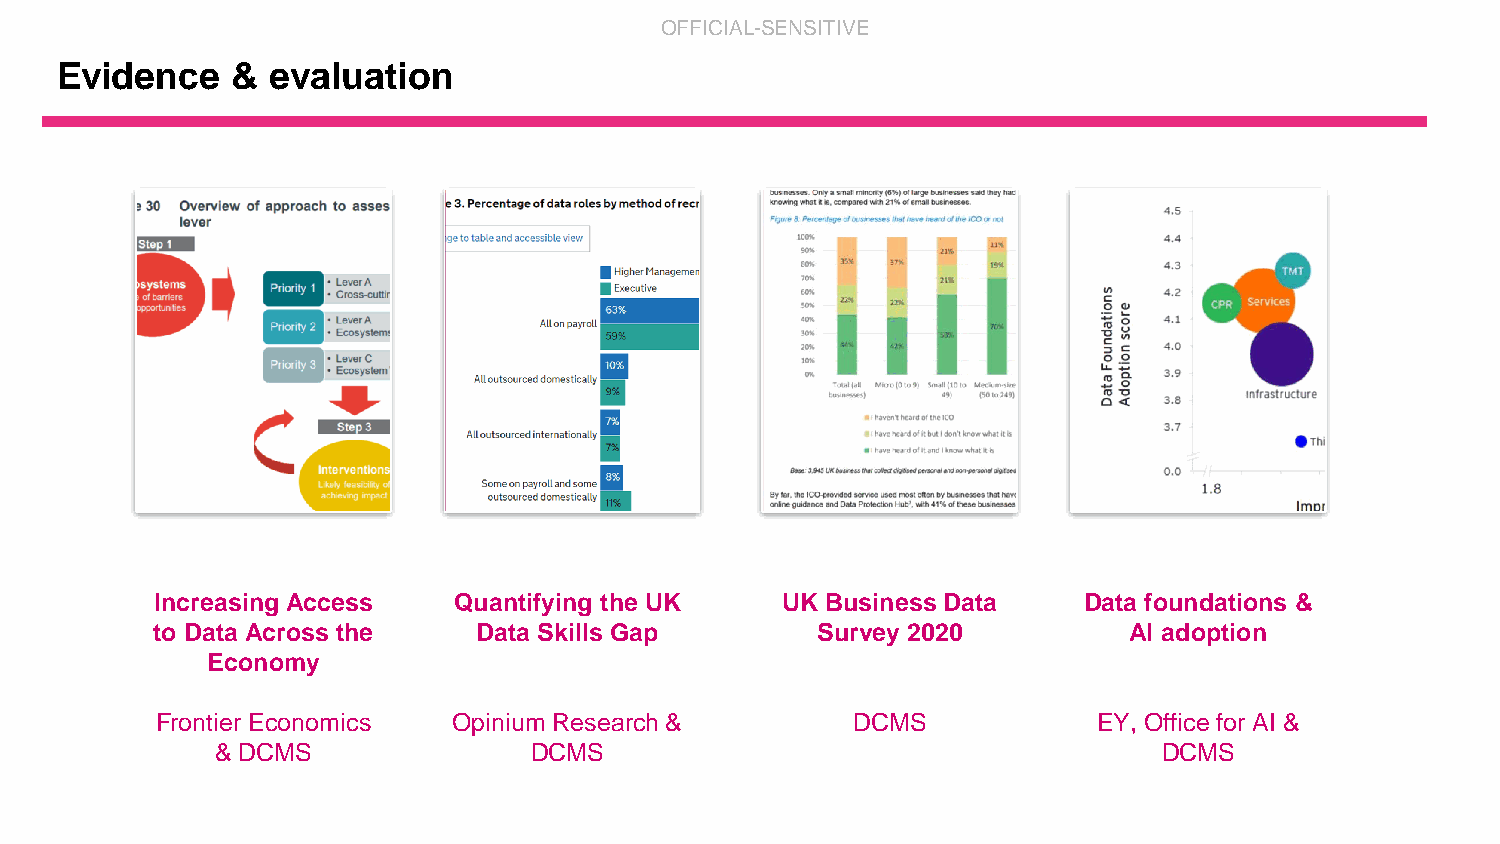
OFFICIAL-SENSITIVE
 Evidence   &  evaluation
 SCREENSHOT          SCREENSHOT           SCREENSHOT           SCREENSHOT
 Increasing Access   Quantifying the UK    UK Business Data    Data foundations &
 to Data Across the    Data Skills Gap       Survey 2020          AI adoption
 Economy
 Frontier Economics  Opinium Research &        DCMS             EY, Office for AI &
 & DCMS               DCMS                                      DCMS